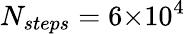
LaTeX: N_{steps}=6{\times}10^{4}